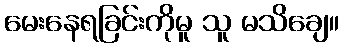
မေးနေရခြင်းကိုမူ သူ မသိချေ။